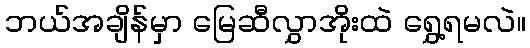
ဘယ်အချိန်မှာ မြေဆီလွှာအိုးထဲ ရွှေ့ရမလဲ။